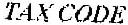
TAX CODE